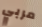
مربي